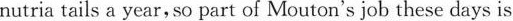
nutria tals a year,so part of Mouton's job these days is